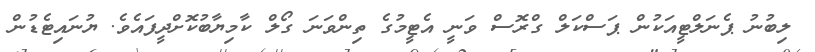
ލިބުނު ޕެނަލްޓީއަކުން ޕަސްކަލް ގްރޮސް ވަނީ އެޓީމުގެ ތިންވަނަ ގޯލް ކާމިޔާބުކޮށްދީފައެވެ. ޔުނައިޓެޑުން